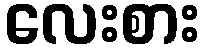
လေးစား